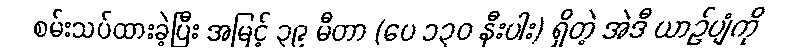
စမ်းသပ်ထားခဲ့ပြီး အမြင့် ၃၉ မီတာ (ပေ ၁၃၀ နီးပါး) ရှိတဲ့ အဲဒီ ယာဉ်ပျံကို